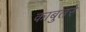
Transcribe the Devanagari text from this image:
काबुतरे